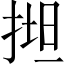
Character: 𢯟